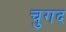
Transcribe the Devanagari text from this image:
चुगद